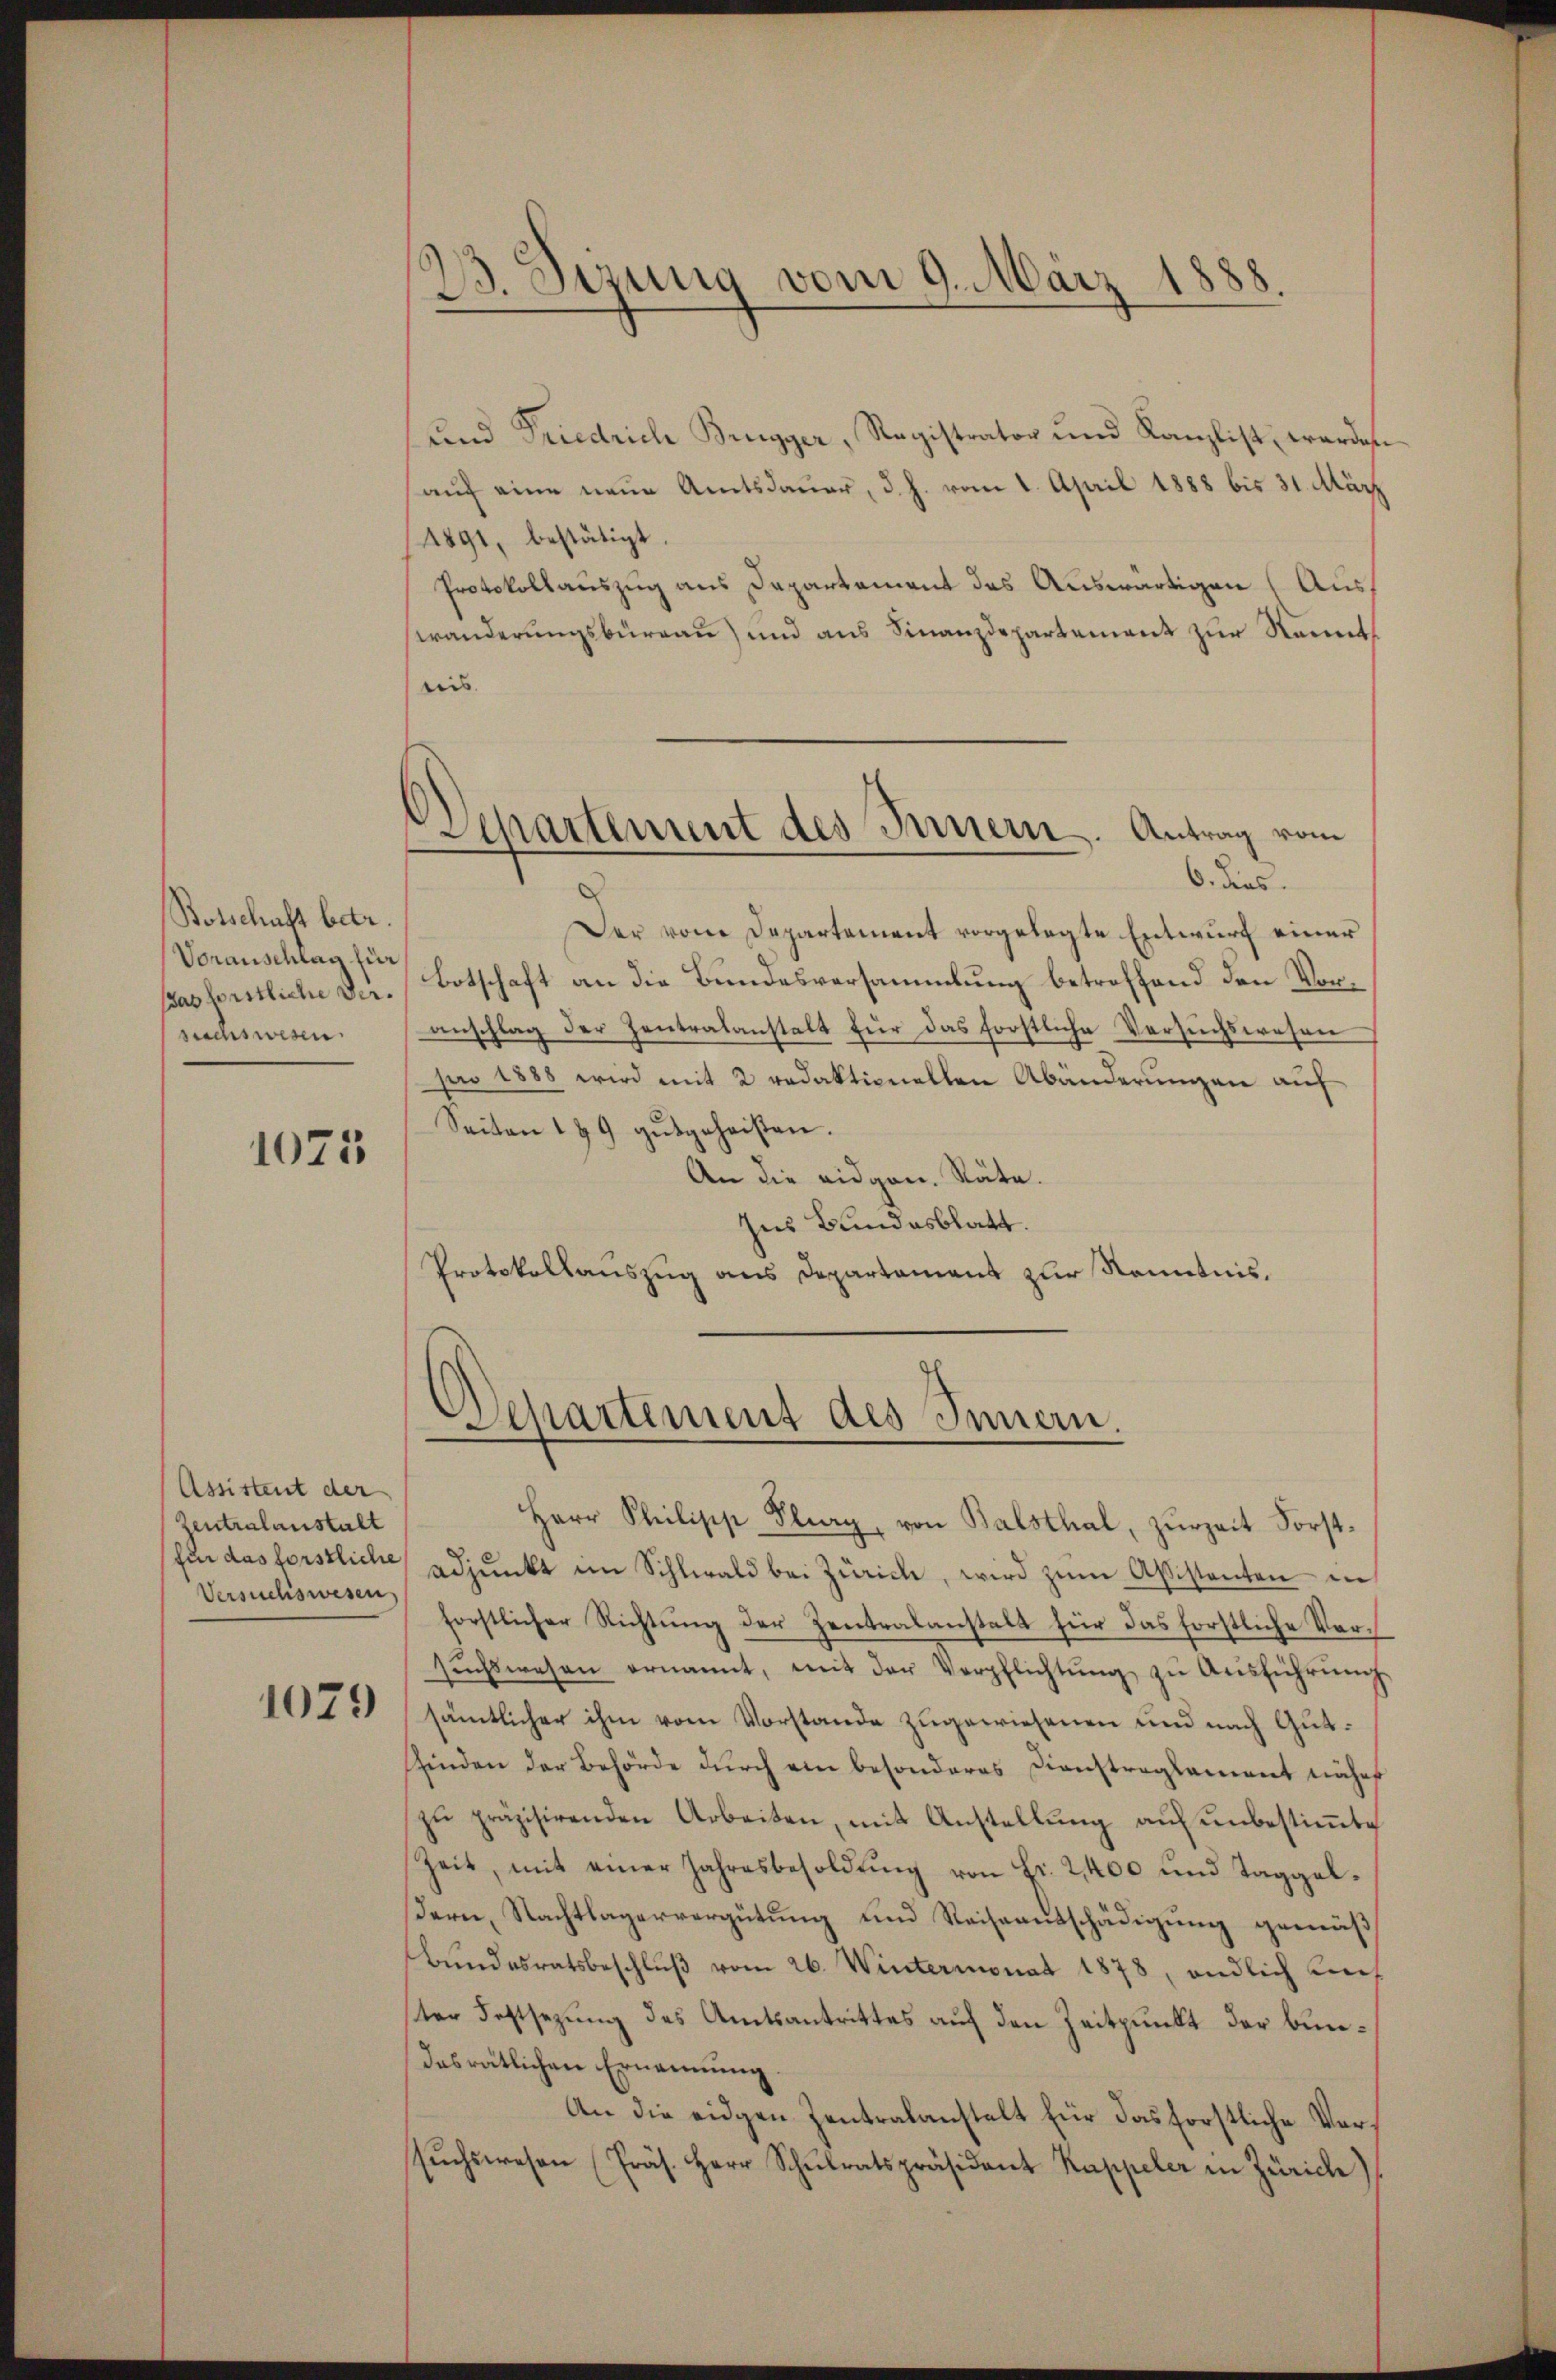
Botschaft betr.
Voranschlag für
as forstliche Versuchswesen.

1075

Assistent der
Zeutralanstalt
Versuchswesen,

1079

23. Sizung vom 9. März 1888.

und Friedrich Brugger, Registrator und Kanzlist, werde
auf eine neue Amtsdauer, d. h. vom 1. April 1888 bis 31. März
1891, bestätigt.
Protokollauszug aus Departement des Auswärtigen Auswänderungsburgau) und aus Finanzdepartement zur Kenntreis
Der von Departement vorgelegte Entwurf einer
Botschaft an die Bundesversammlung betreffend den Voranschlag der Zentralanstalt für das forstliche Versuchswesen
pro 1888 wird mit 2 redaktionellen Abänderungen auf
Seiten 189 gŭtgeheisten.
An die eidgen. Räte.
Ins Bundesblatt.
Protokollauszug aus Departament zur Kenntnis,

Separtement des Innern. Antrag vom
6. dies

Departement des Innern.

Herr Philipp Flury, von Balsthal, zŭrzeit Forst-
für das forstliche adjunkt im Sihlwald bei Zürich, wird zŭm Assistenten in
forstlicher Richtung der Zentralanstalt für das forstliche Versŭchswesen ernannt, mit der Verpflichtŭng zŭ Aŭsführŭng
sämtlicher ihm vom Vorstande zugewiesenen und nach Gutfinden der Behörde durch ein besonderes Dienstragsament näher
zu präzisirenden Arbeiten, mit Anstellung auf unbestimmte
Zeit, mit einer Jahresbesoldŭng von Fr. 2400 und Taggeldern, Nachtlagervergütung und Reiseentschädigung gemäß
Bundesratsbeschlŭβ vom 26. Wintermonat 1878, endlich auf
ster Festsezung des Amtsantrittes auf den Zeitpunkt der Bundasrätlichen Ernennung
An die eidgen Zentralanstalt für das forstliche Versŭchswesen (Präs. Herr Schŭlratspräsident Kappeler in Zürich)